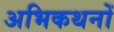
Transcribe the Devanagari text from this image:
अभिकथनों